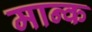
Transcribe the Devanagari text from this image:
मान्क